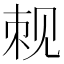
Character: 𬢍